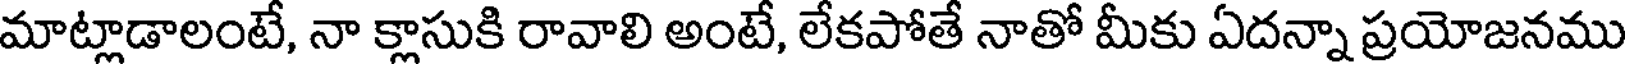
మాట్లాడాలంటే, నా క్లాసుకి రావాలి అంటే, లేకపోతే నాతో మీకు ఏదన్నా ప్రయోజనము